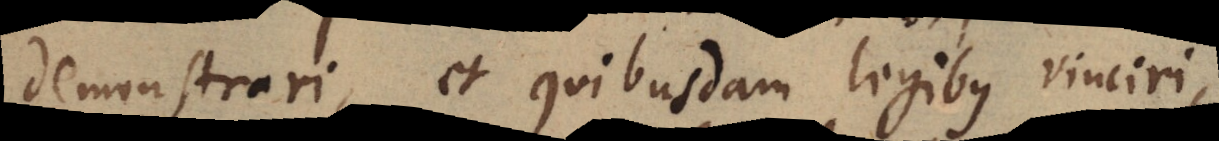
demonstrari, et quibusdam legibus vinciri,